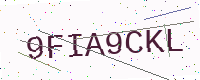
Text: 9FIA9CKL